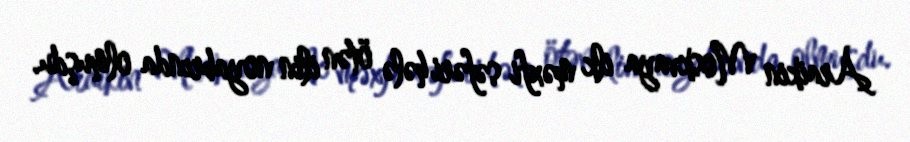
Araikin Moskvaya ilk məxfi səfəri hələ ötən ilin noyabrında olmuşdu.